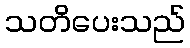
သတိပေးသည်